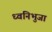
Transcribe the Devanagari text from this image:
ध्वनिभुजा